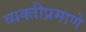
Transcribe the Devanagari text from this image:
व्यक्तीप्रमाणे